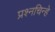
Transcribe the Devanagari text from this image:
प्रश्नचिन्हे